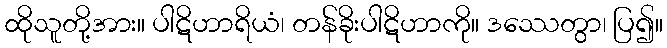
ထိုသူတို့အား။ ပါဋိဟာရိယံ၊ တန်ခိုးပါဋိဟာကို။ ဒဿေတွာ၊ ပြ၍။